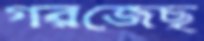
গরজেছ